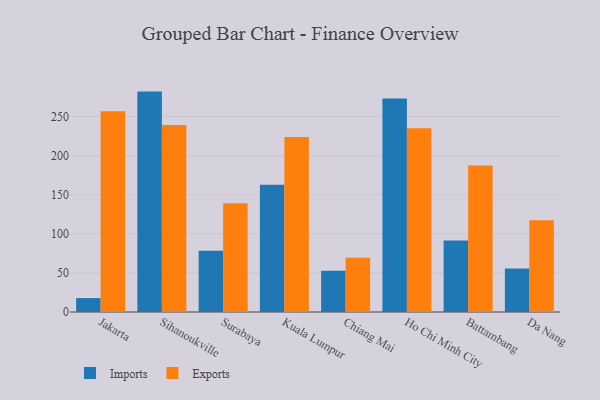
{"axis": {"x": "City", "y": "Waste Production (Tons)"}, "legend": ["Exports", "Imports"], "data": [{"x": "Jakarta", "y": 17.8, "type": "Imports"}, {"x": "Jakarta", "y": 256.8, "type": "Exports"}, {"x": "Sihanoukville", "y": 281.9, "type": "Imports"}, {"x": "Sihanoukville", "y": 239.3, "type": "Exports"}, {"x": "Surabaya", "y": 78.3, "type": "Imports"}, {"x": "Surabaya", "y": 139.0, "type": "Exports"}, {"x": "Kuala Lumpur", "y": 162.9, "type": "Imports"}, {"x": "Kuala Lumpur", "y": 223.8, "type": "Exports"}, {"x": "Chiang Mai", "y": 52.8, "type": "Imports"}, {"x": "Chiang Mai", "y": 69.4, "type": "Exports"}, {"x": "Ho Chi Minh City", "y": 273.1, "type": "Imports"}, {"x": "Ho Chi Minh City", "y": 235.0, "type": "Exports"}, {"x": "Battambang", "y": 91.5, "type": "Imports"}, {"x": "Battambang", "y": 187.4, "type": "Exports"}, {"x": "Da Nang", "y": 55.7, "type": "Imports"}, {"x": "Da Nang", "y": 117.3, "type": "Exports"}]}